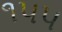
૧૫૫